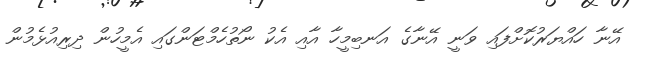
އޭނާ ހައްޔަރުކޮށްފައި ވަނީ އޭނާގެ އަނބިމީހާ އާއި އެކު ނޯތުހެމްޓަންގައި އެމީހުން ދިރިއުޅެމުން